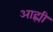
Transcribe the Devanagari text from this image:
आह्मी